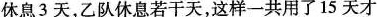
休息3天，乙队休息若干天，这样一共用了15天才